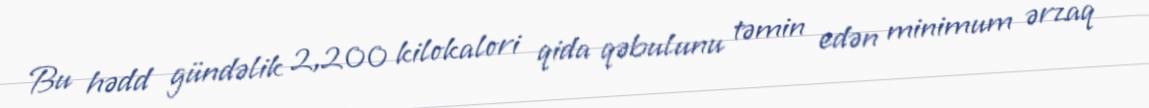
Bu hədd gündəlik 2,200 kilokalori qida qəbulunu təmin edən minimum ərzaq